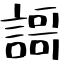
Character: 謌